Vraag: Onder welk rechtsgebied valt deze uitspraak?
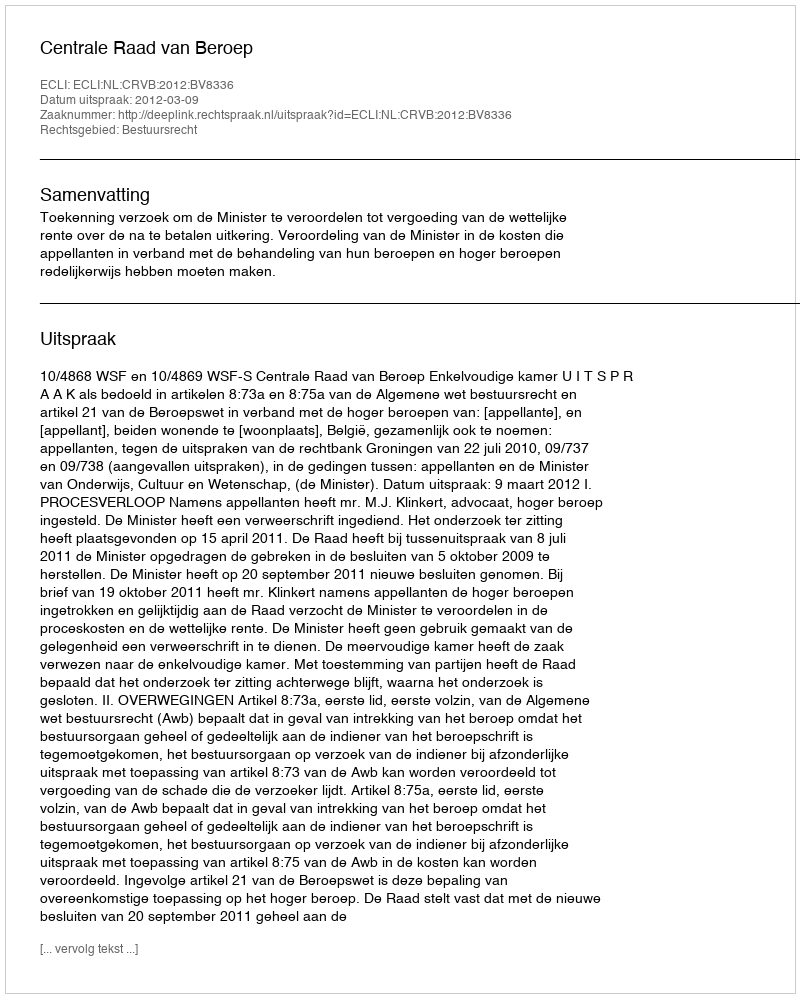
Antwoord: Bestuursrecht